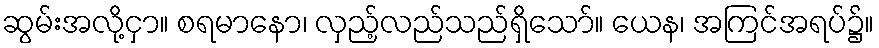
ဆွမ်းအလို့ငှာ။ စရမာနော၊ လှည့်လည်သည်ရှိသော်။ ယေန၊ အကြင်အရပ်၌။